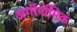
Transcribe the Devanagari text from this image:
अर्गोनॉमिक